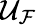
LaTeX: \mathcal{U}_{\mathcal{F}}